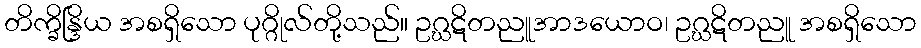
တိက္ခိန္ဒြိယ အစရှိသော ပုဂ္ဂိုလ်တို့သည်။ ဥဂ္ဃဋိတညူအာဒယောဝ၊ ဥဂ္ဃဋိတညူ အစရှိသော